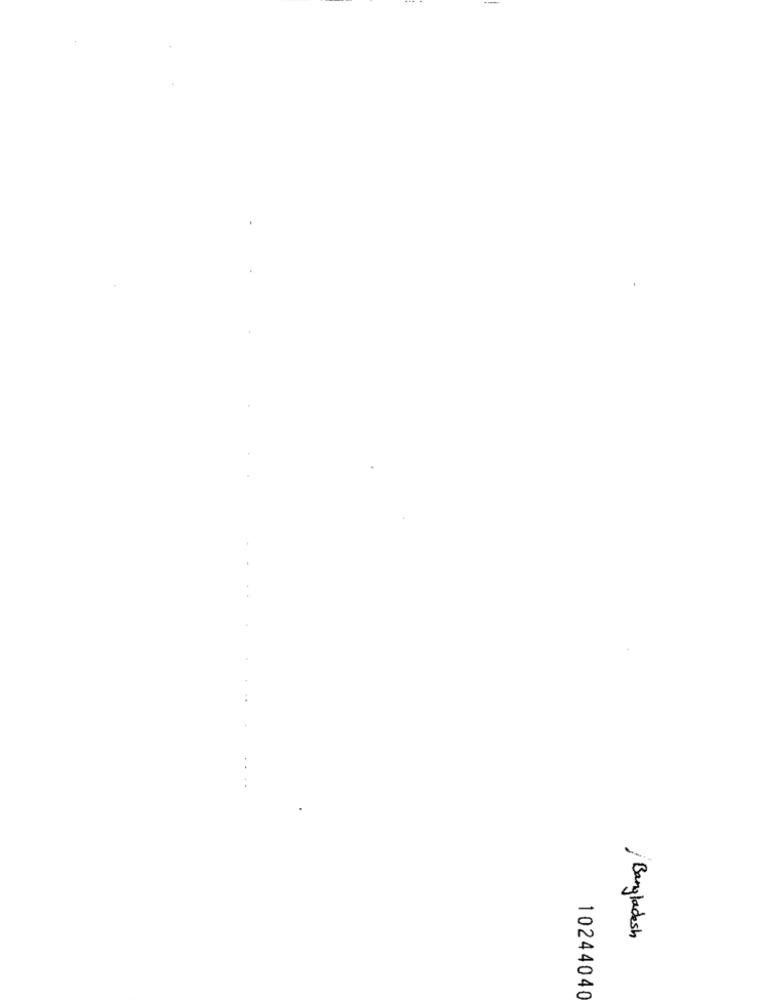
£
...
Bangladesh
10244040